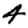
Digit: 4